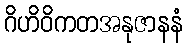
ဂိဟိဝိကတအနုဇာနနံ